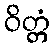
ဝိတ္တံ